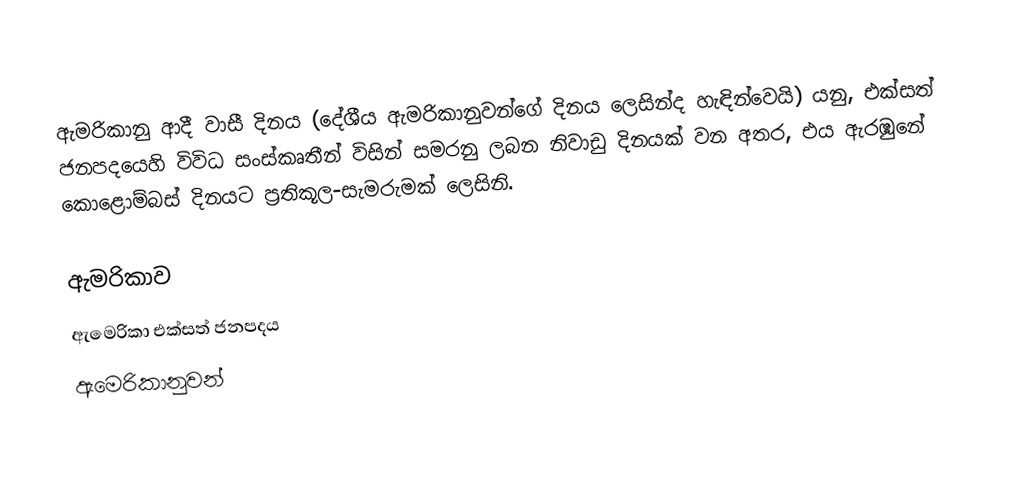
ඇමරිකානු ආදී වාසී දිනය (දේශීය ඇමරිකානුවන්ගේ දිනය ලෙසින්ද හැඳින්වෙයි) යනු, එක්සත් ජනපදයෙහි විවිධ සංස්කෘතීන් විසින් සමරනු ලබන නිවාඩු දිනයක් වන අතර, එය ඇරඹුනේ කොළොම්බස් දිනයට ප්‍රතිකූල-සැමරුමක් ලෙසිනි.

ඇමරිකාව
ඇමෙරිකා එක්සත් ජනපදය
ඇමෙරිකානුවන්